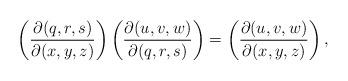
LaTeX: \begin{align*} \left(\frac{\partial(q,r,s)}{\partial(x,y,z)}\right) \left(\frac{\partial(u,v,w)}{\partial(q,r,s)}\right)=\left(\frac{\partial(u,v,w)}{\partial(x,y,z)}\right), \end{align*}